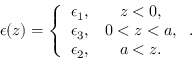
\epsilon ( z ) = \left\{ \begin{array} { c c } { { \epsilon _ { 1 } , } } & { { z < 0 , } } \\ { { \epsilon _ { 3 } , } } & { { 0 < z < a , } } \\ { { \epsilon _ { 2 } , } } & { { a < z . } } \end{array} \right. .